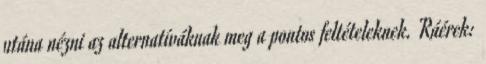
utána nézni az alternatíváknak meg a pontos feltételeknek. Ráérek: